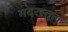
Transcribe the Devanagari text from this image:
मदरस्तुल